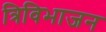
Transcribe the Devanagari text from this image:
त्रिविभाजन